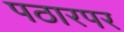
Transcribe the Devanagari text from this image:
पठारपर